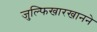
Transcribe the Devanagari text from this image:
जुल्फिखारखानने